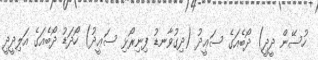
ހުސޭން ދީދީ) ދޯބެއަގެ ސަޢީދު (ދިގުވާނޑު ފިނިރޯޅި ސަޢީދު) ހޯދަޑު ދޯބެއަގެ އަލިދީދީ